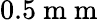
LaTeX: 0.5\mathrm{~m~m~}